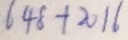
6 4 8 + 2 0 1 6